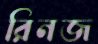
রিনজ